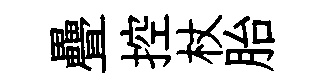
疊控杖胎